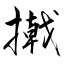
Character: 撠